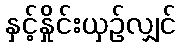
နှင့်နှိုင်းယှဉ်လျှင်